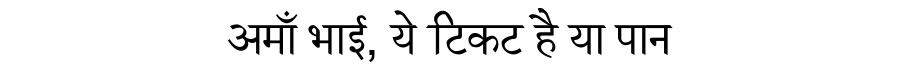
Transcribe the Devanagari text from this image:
अमाँ भाई, ये टिकट है या पान